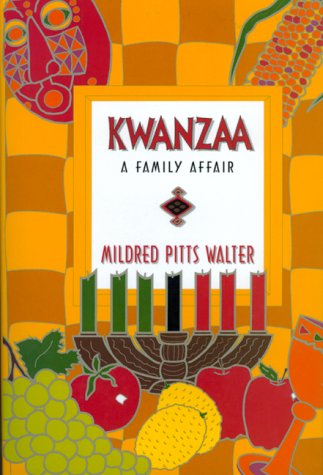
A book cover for Kwanzaa: A Family Affair; Mildred Pitts Walter; Children's Books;